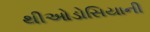
થીઓડોસિયાની